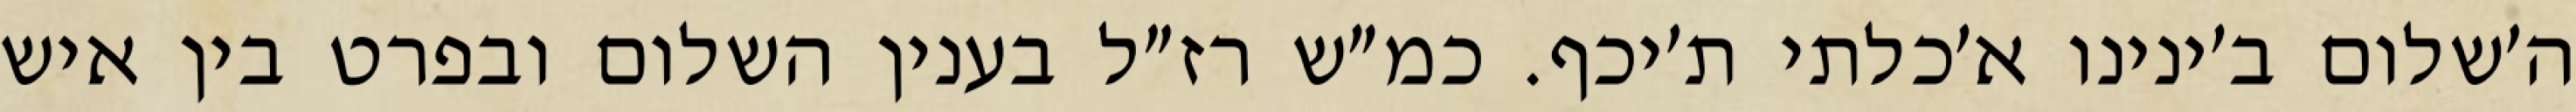
ה׳שלום ב׳ינינו א׳כלתי ת׳יכף. כמ״ש רז״ל בענין השלום ובפרט בין איש